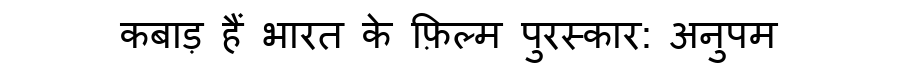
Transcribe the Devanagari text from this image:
कबाड़ हैं भारत के फ़िल्म पुरस्कार: अनुपम